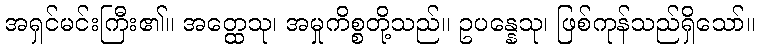
အရှင်မင်းကြီး၏။ အတ္ထေသု၊ အမှုကိစ္စတို့သည်။ ဥပန္နေသု၊ ဖြစ်ကုန်သည်ရှိသော်။